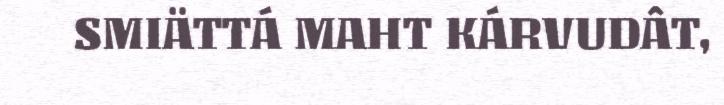
SMIÄTTÁ MAHT KÁRVUDÂT,